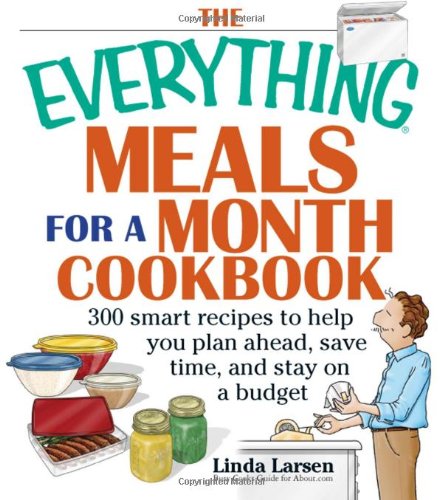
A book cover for The Everything Meals For A Month Cookbook: Smart Recipes To Help You Plan Ahead, Save Time, And Stay On Budget; Linda Larsen; Cookbooks, Food & Wine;